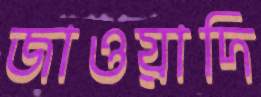
জাওয়াদি